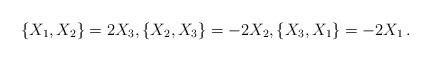
LaTeX: \begin{align*} \{ X_1, X_2 \} = 2 X_3, \{ X_2, X_3 \} = - 2 X_2, \{ X_3, X_1 \} = - 2 X_1 \,.\end{align*}